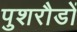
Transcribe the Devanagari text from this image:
पुशरौडों